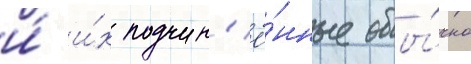
и́ и́х подчин'ё́нные обы́чно